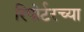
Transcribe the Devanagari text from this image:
रिपोर्टरच्या